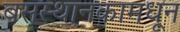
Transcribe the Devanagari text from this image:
बसस्थानकामधून